Document type: Inventory
Year: 1295
Scribe: Pere Marc
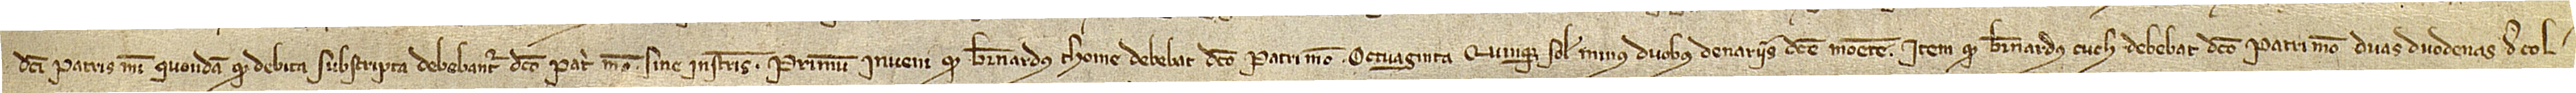
/ dicti patris mei, quondam, quod debita subscripta debebantur dicto patri meo sine instrumentis: Primum, inveni quod Bernardus Thome debebat dicto patri meo octuaginta quinque solidos minus duobus denariis dicte monete; item, quod Bernardus Cuch debebat dicto patri meo duas duodenas de col-